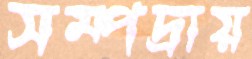
সম্পদ্রায়